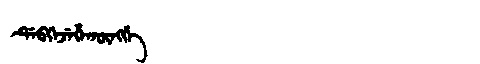
Manchu: ᡩᡝᠪᡴᡝᠵᡝᡥᠠᡴᡡᠩᡤᡝ
Romanization: DEBKEJEHAKŪNGGE